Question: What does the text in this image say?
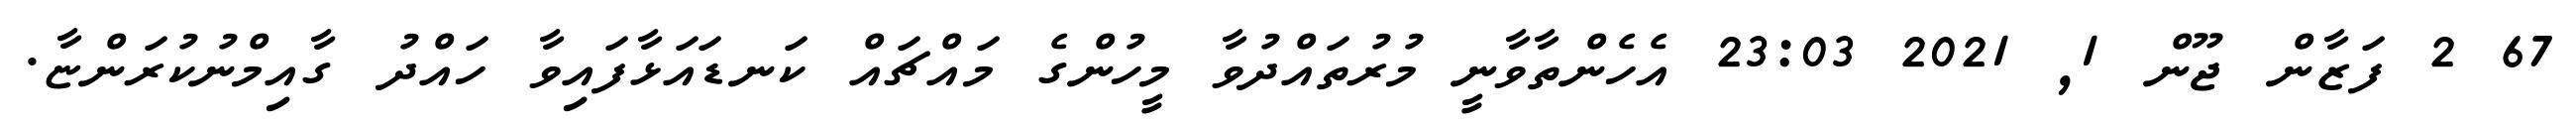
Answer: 67 2 ފަޒާން ޖޫން 1, 2021 23:03 އެހެންތާވާނީ މުރުތައްދުވާ މީހުންގެ މައްޗައް ކަނޑައަޅާފައިވާ ހައްދު ގާއިމްނުކުރަންޏާ.